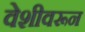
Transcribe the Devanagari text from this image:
वेशीवरून